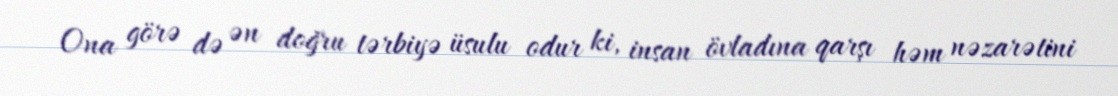
Ona görə də ən doğru tərbiyə üsulu odur ki, insan övladına qarşı həm nəzarətini